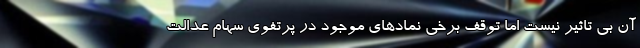
آن بی تاثیر نیست اما توقف برخی نمادهای موجود در پرتفوی سهام عدالت